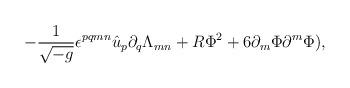
LaTeX: \begin{align*}-{1\over{\sqrt{-g}}}\epsilon^{pqmn}\hat u_p\partial_q\Lambda_{mn}+R\Phi^2+6\partial_m\Phi \partial^m\Phi),\end{align*}